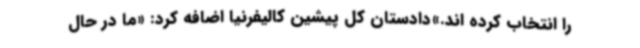
را انتخاب کرده اند.»دادستان کل پیشین کالیفرنیا اضافه کرد: «ما در حال